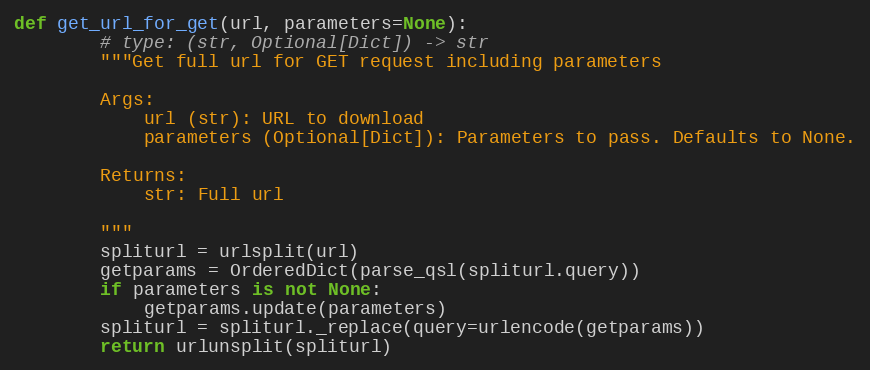
Language: Python
def get_url_for_get(url, parameters=None):
        # type: (str, Optional[Dict]) -> str
        """Get full url for GET request including parameters

        Args:
            url (str): URL to download
            parameters (Optional[Dict]): Parameters to pass. Defaults to None.

        Returns:
            str: Full url

        """
        spliturl = urlsplit(url)
        getparams = OrderedDict(parse_qsl(spliturl.query))
        if parameters is not None:
            getparams.update(parameters)
        spliturl = spliturl._replace(query=urlencode(getparams))
        return urlunsplit(spliturl)